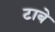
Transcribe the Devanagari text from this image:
टाबे